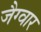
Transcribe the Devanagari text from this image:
जैग्वार